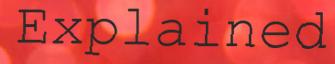
Explained